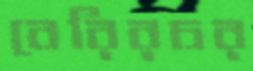
বেরিরচর